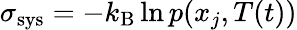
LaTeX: \sigma_{\mathrm{sys}}=-k_{\mathrm{B}}\ln p(x_{j},T(t))